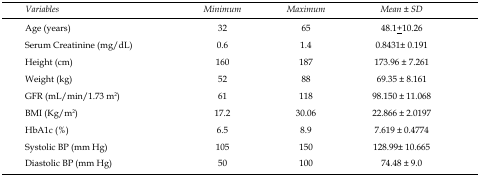
<table><thead><tr><td><b><i>Variables</i></b></td><td><b><i>Minimum</i></b></td><td><b><i>Maximum</i></b></td><td><b><i>Mean ± SD</i></b></td></tr></thead><tbody><tr><td>Age (years)</td><td>32</td><td>65</td><td>48.1<underline>+</underline>10.26</td></tr><tr><td>Serum Creatinine (mg/dL)</td><td>0.6</td><td>1.4</td><td>0.8431± 0.191</td></tr><tr><td>Height (cm)</td><td>160</td><td>187</td><td>173.96 ± 7.261</td></tr><tr><td>Weight (kg)</td><td>52</td><td>88</td><td>69.35 ± 8.161</td></tr><tr><td>GFR (mL/min/1.73 m<sup>2</sup>)</td><td>61</td><td>118</td><td>98.150 ± 11.068</td></tr><tr><td>BMI (Kg/m<sup>2</sup>)</td><td>17.2</td><td>30.06</td><td>22.866 ± 2.0197</td></tr><tr><td>HbA1c (%)</td><td>6.5</td><td>8.9</td><td>7.619 ± 0.4774</td></tr><tr><td>Systolic BP (mm Hg)</td><td>105</td><td>150</td><td>128.99± 10.665</td></tr><tr><td>Diastolic BP (mm Hg)</td><td>50</td><td>100</td><td>74.48 ± 9.0</td></tr></tbody></table>